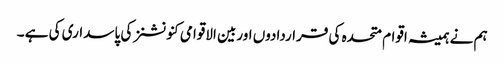
ہم نے ہمیشہ اقوام متحدہ کی قراردادوں اوربین الاقوامی کنونشنز کی پاسداری کی ہے ۔